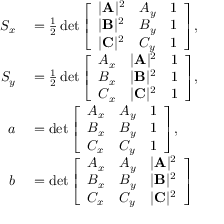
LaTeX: \begin{array} { r l } { S _ { x } } & { { } = { \frac { 1 } { 2 } } \operatorname* { d e t } { \left[ \begin{array} { l l l } { | \mathbf { A } | ^ { 2 } } & { A _ { y } } & { 1 } \\ { | \mathbf { B } | ^ { 2 } } & { B _ { y } } & { 1 } \\ { | \mathbf { C } | ^ { 2 } } & { C _ { y } } & { 1 } \end{array} \right] } , } \\ { S _ { y } } & { { } = { \frac { 1 } { 2 } } \operatorname* { d e t } { \left[ \begin{array} { l l l } { A _ { x } } & { | \mathbf { A } | ^ { 2 } } & { 1 } \\ { B _ { x } } & { | \mathbf { B } | ^ { 2 } } & { 1 } \\ { C _ { x } } & { | \mathbf { C } | ^ { 2 } } & { 1 } \end{array} \right] } , } \\ { a } & { { } = \operatorname* { d e t } { \left[ \begin{array} { l l l } { A _ { x } } & { A _ { y } } & { 1 } \\ { B _ { x } } & { B _ { y } } & { 1 } \\ { C _ { x } } & { C _ { y } } & { 1 } \end{array} \right] } , } \\ { b } & { { } = \operatorname* { d e t } { \left[ \begin{array} { l l l } { A _ { x } } & { A _ { y } } & { | \mathbf { A } | ^ { 2 } } \\ { B _ { x } } & { B _ { y } } & { | \mathbf { B } | ^ { 2 } } \\ { C _ { x } } & { C _ { y } } & { | \mathbf { C } | ^ { 2 } } \end{array} \right] } } \end{array}